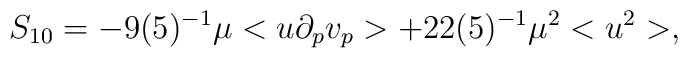
S_{10}=-9(5)^{-1}\mu <u\partial_p v_p>+22(5)^{-1}\mu^2<u^2>,